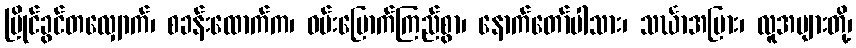
မြိုင်ခွင်တလျှောက်၊ စခန်းထောက်က၊ ဝမ်းမြောက်ကြည်စွာ၊ နောက်တော်ပါသား၊ သင်္ဃာအပြား၊ လူအများတို့၊